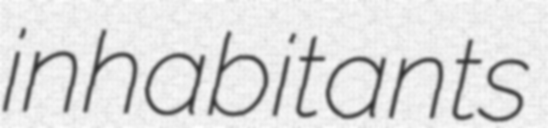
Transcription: inhabitants